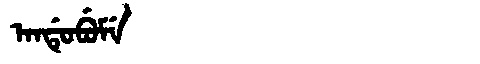
Manchu: ᠠᠨᡩᡠᠪᡠᠮᡝ
Romanization: ANDUBUME